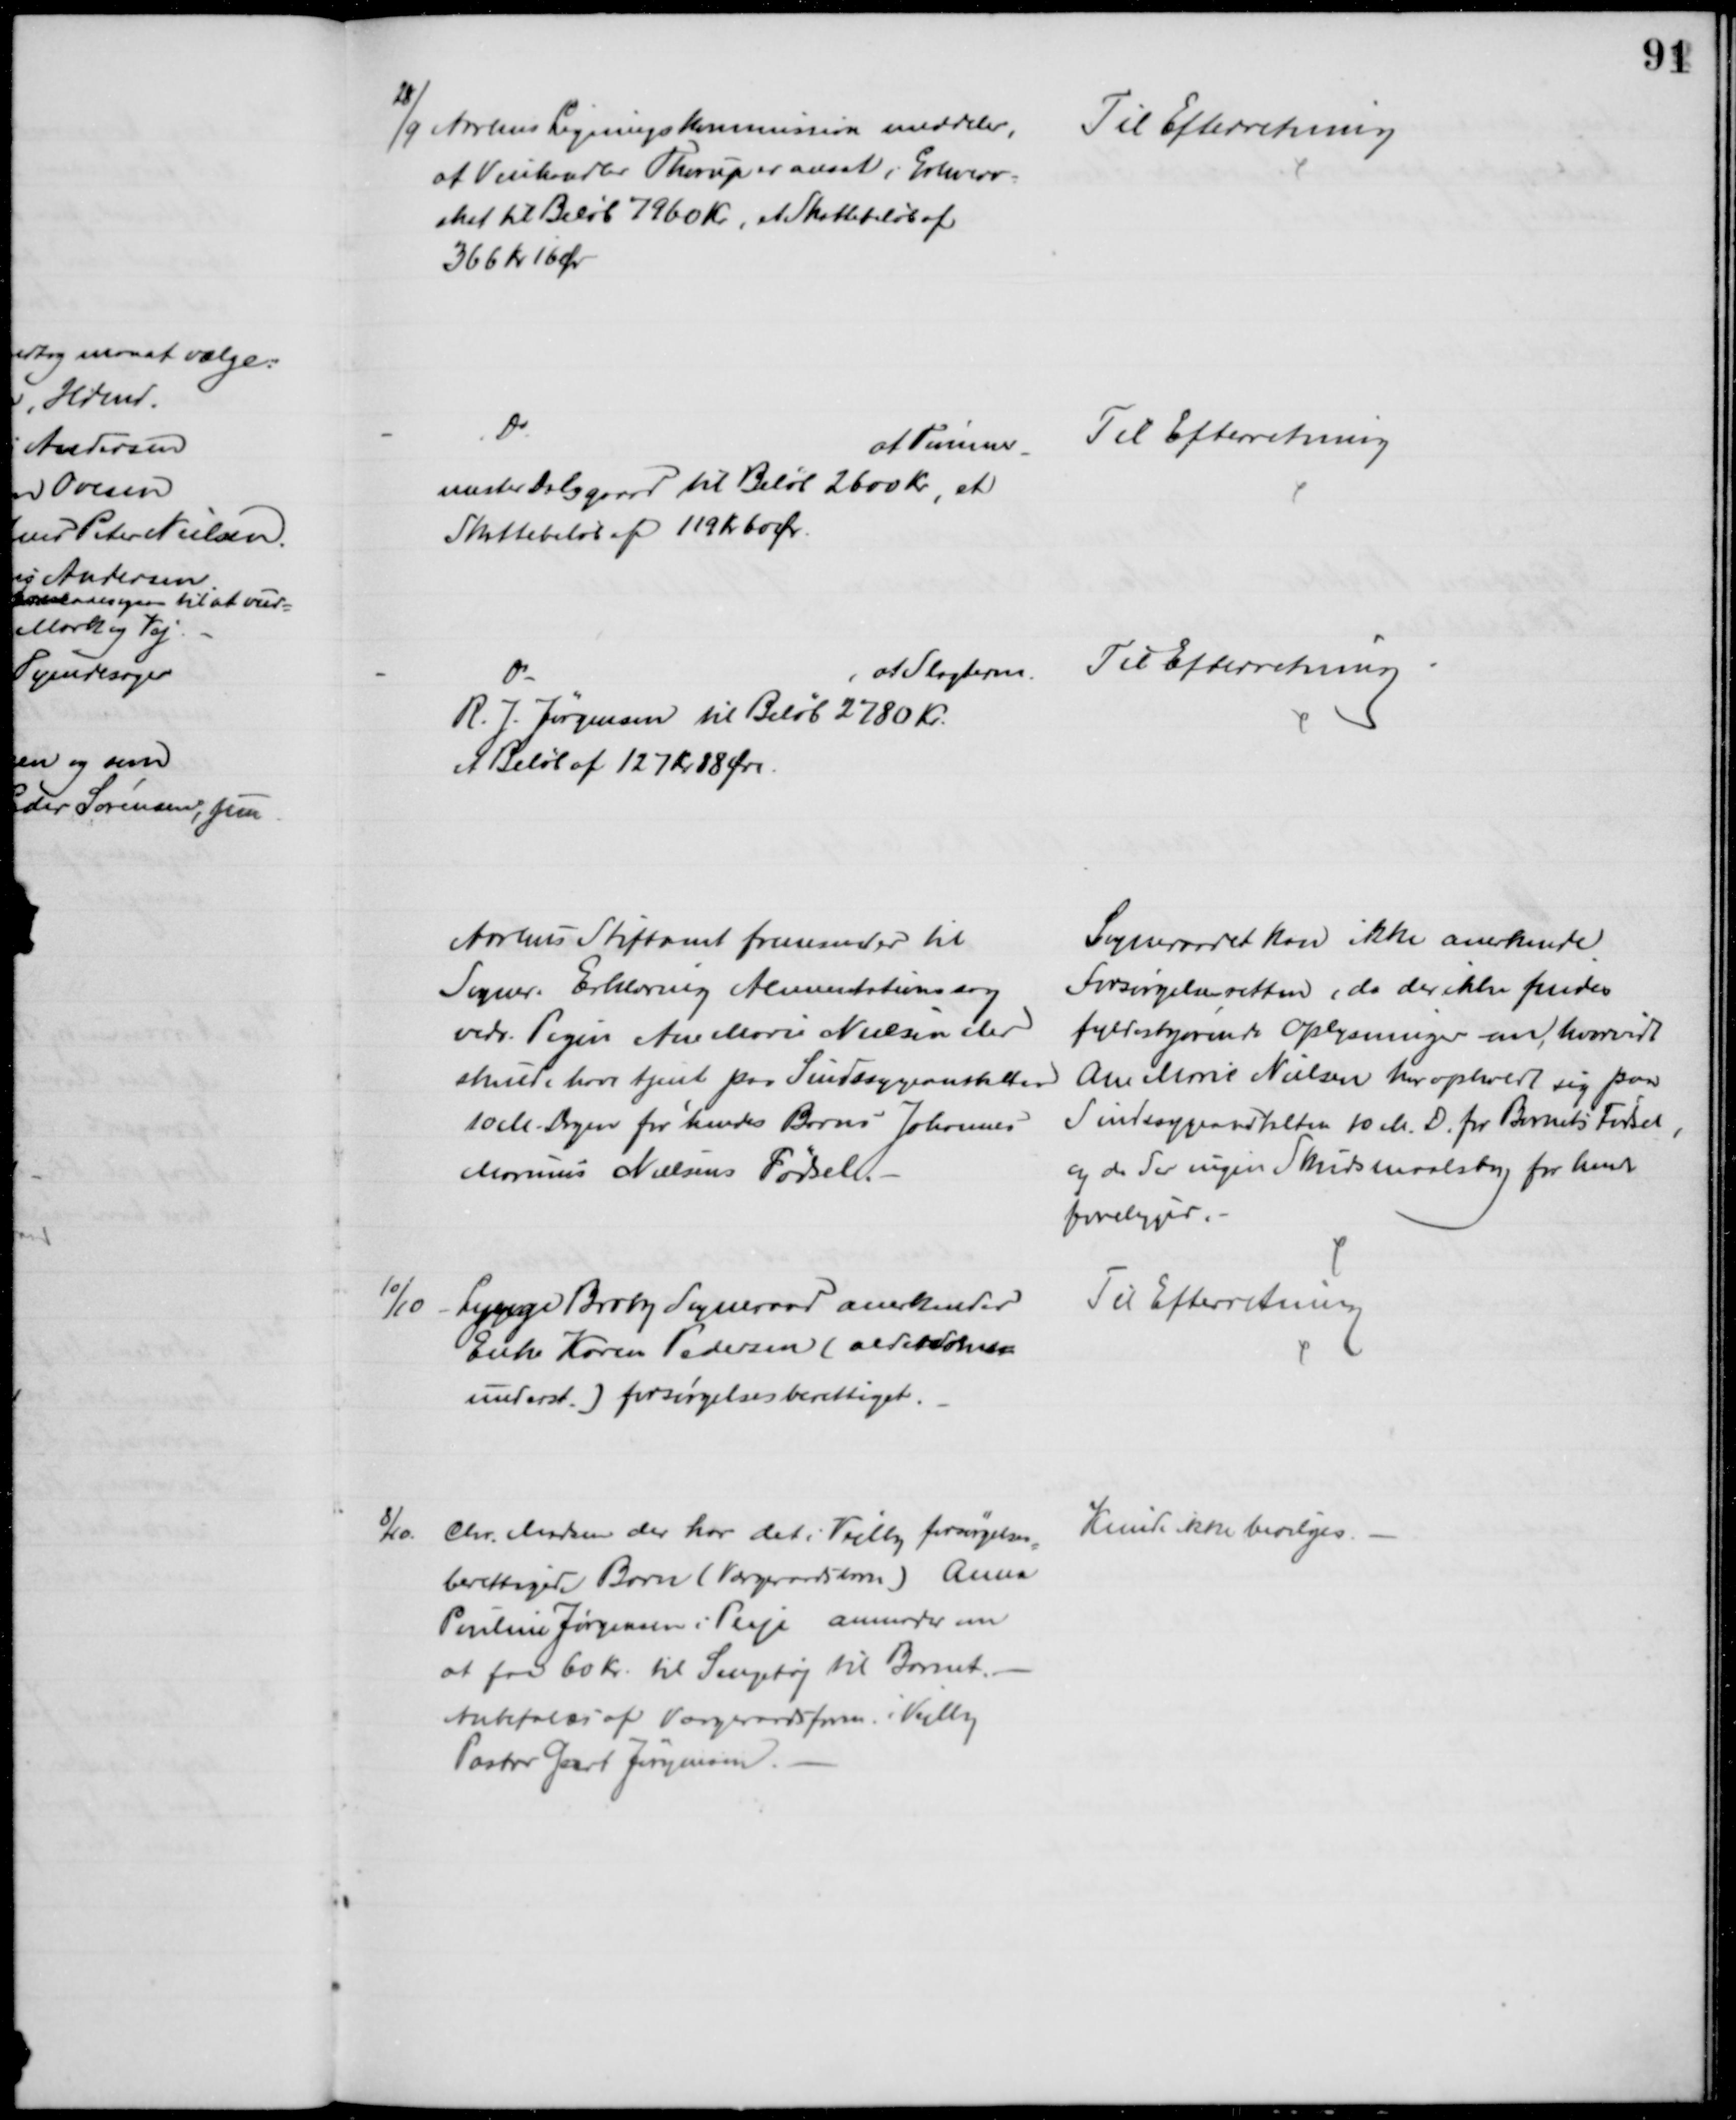
Transskription:
28/9 Aarhus Ligningskommission meddeler,
at Vinhandler Thorup er ansat i Erhverv-
skat til Beløb 7960 Kr., et Skattebeløb af
366 Kr 16 Ør
Til Efterretning
Do
at Tømrer-
mester Dalsgaard til Beløb 2600 Kr, et 
Skattebeløb af 119 Kr 60 Ør.
Til Efterretning
Do
at Slagterm.
R. J. Jørgensen til Beløb 2780 Kr.
et Beløb af 127 Kr 88 Øre
Til Efterretning
Aarhus Stiftamt fremsender til
Sogner. Erklæring Alimentationssag
vedr. Pigen Ane Marie Nielsen der
skulde have tjent paa Sindssygeanstalten
10 M Dagen før hendes Barns Johannes
Marius Nielsens Fødsel.
Sogneraadet kan ikke anerkende
Forsørgelsesretten, da der ikke findes
fyldestgørende Oplysninger om, hvorvidt
Ane Marie Nielsen har opholdt sig paa
Sindssygeanstalten 10 M. D. for Barnets Fødsel,
og da der ingen Skudsmaalsbog for hende
foreligger.
10/10
Lynge Broby Sogneraad anerkender
Enke Karen Pedersen (alderdoms-
underst.) forsørgelsesberettiget.
Til Efterretning
8/10. Chr. Madsen der har det i Vejlby forsørgelses
=
berettigede Barn (Værgeraadsbarn) Anna
Pouline Jørgensen i Pleje anmoder om
at faa 60 Kr. til Sengetøj til Barnet.
Anbefales af Værgeraadsform. i Vejlby
Pastor Geert Jørgensen.
Kunde ikke bevilges.